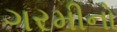
ગરમીનો